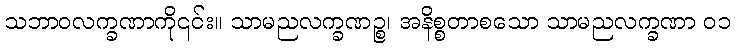
သဘာဝလက္ခဏာကို၎င်း။ သာမညလက္ခဏဉ္စ၊ အနိစ္စတာစသော သာမညလက္ခဏာ ၀၁